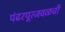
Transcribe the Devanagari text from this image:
पंढरपूरजवळची